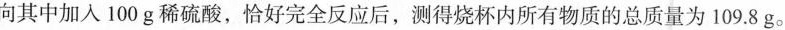
向其中加入100g稀硫酸，恰好完全反应后，测得烧杯内所有物质的总质量为109.8g。